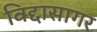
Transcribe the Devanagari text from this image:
विद्दासागर